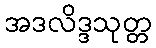
အဒလိဒ္ဒသုတ္တ